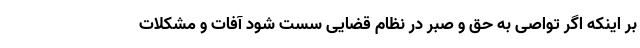
بر اینکه اگر تواصی به حق و صبر در نظام قضایی سست شود آفات و مشکلات